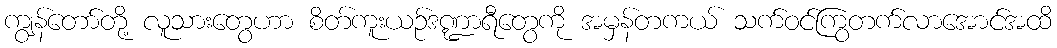
ကျွန်တော်တို့ လူသားတွေဟာ စိတ်ကူးယဉ်ဒဏ္ဍာရီတွေကို အမှန်တကယ် သက်ဝင်ကြွတက်လာအောင်အထိ